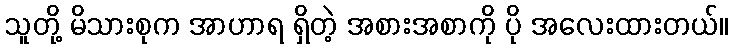
သူတို့ မိသားစုက အာဟာရ ရှိတဲ့ အစားအစာကို ပို အလေးထားတယ်။